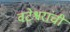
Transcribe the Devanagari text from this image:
वटेश्वरांची